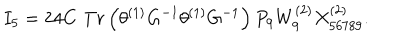
I _ { 5 } = 2 4 C \, \, T r \left( \theta ^ { \left( 1 \right) } G ^ { - 1 } \theta ^ { \left( 1 \right) } G ^ { - 1 } \right) P _ { 9 } W _ { 9 } ^ { \left( 2 \right) } X _ { 5 6 7 8 9 } ^ { \left( 2 \right) } . \nonumber